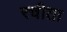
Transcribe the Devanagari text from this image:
रचीता